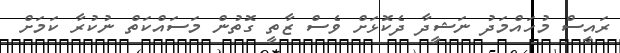
ރައީސް މުހައްމަދު ނަޝީދާ ދެކޮޅަށް ވެސް ޒާތީ ގޮތުން މަސައްކަތް ނުކުރާ ކަމަށް